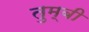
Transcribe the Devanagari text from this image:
तुम्बी